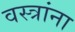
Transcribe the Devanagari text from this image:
वस्त्रांना